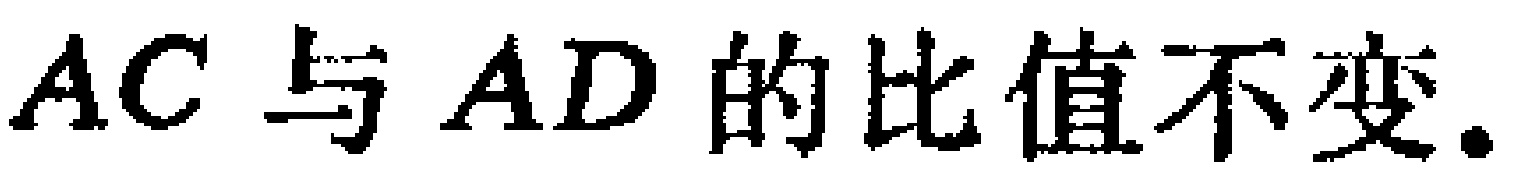
$AC$与$AD$的比值不变.